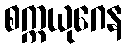
စက္ကယုဂေန